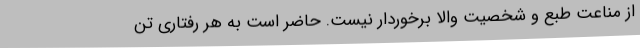
از مناعت طبع و شخصیت والا برخوردار نیست. حاضر است به هر رفتاری تن